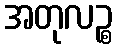
အတုလဉ္စ